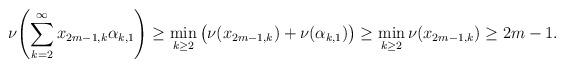
LaTeX: \begin{align*}\nu{\left(\sum_{k=2}^\infty x_{2m-1,k}\alpha_{k,1}\right)}\geq\min_{k\geq2}\big(\nu(x_{2m-1,k})+\nu(\alpha_{k,1})\big)\geq\min_{k\geq2}\nu(x_{2m-1,k})\geq 2m-1.\end{align*}